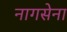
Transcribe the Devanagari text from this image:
नागसेना